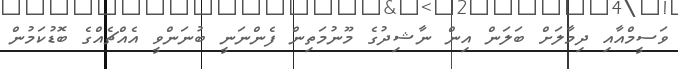
ވަސީމްއާއި ދިމާލަށް ބަލަން އިން ނާޝިދުގެ މޫނުމަތިން ފެންނަނީ ބުނަންވީ އެއްޗެއްގެ ބޮޑުކަމުން